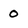
Character: 0